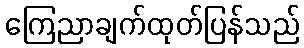
ကြေညာချက်ထုတ်ပြန်သည်